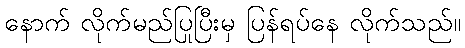
နောက် လိုက်မည်ပြုပြီးမှ ပြန်ရပ်နေ လိုက်သည်။